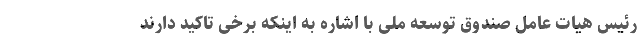
رئیس هیات عامل صندوق توسعه ملی با اشاره به اینکه برخی تاکید دارند